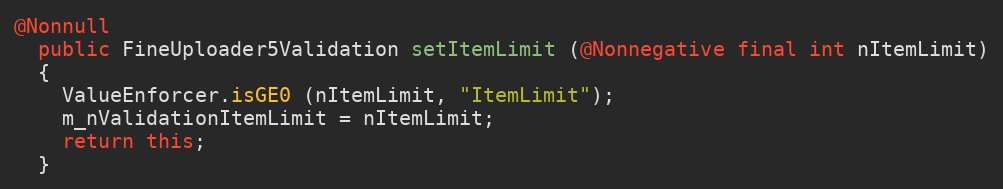
Language: Java
@Nonnull
  public FineUploader5Validation setItemLimit (@Nonnegative final int nItemLimit)
  {
    ValueEnforcer.isGE0 (nItemLimit, "ItemLimit");
    m_nValidationItemLimit = nItemLimit;
    return this;
  }